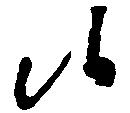
以